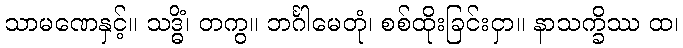
သာမဏေနှင့်။ သဒ္ဓိံ၊ တကွ။ ဘင်္ဂါမေတုံ၊ စစ်ထိုးခြင်းငှာ။ နာသက္ခိဿ ထ၊